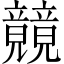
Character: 竸